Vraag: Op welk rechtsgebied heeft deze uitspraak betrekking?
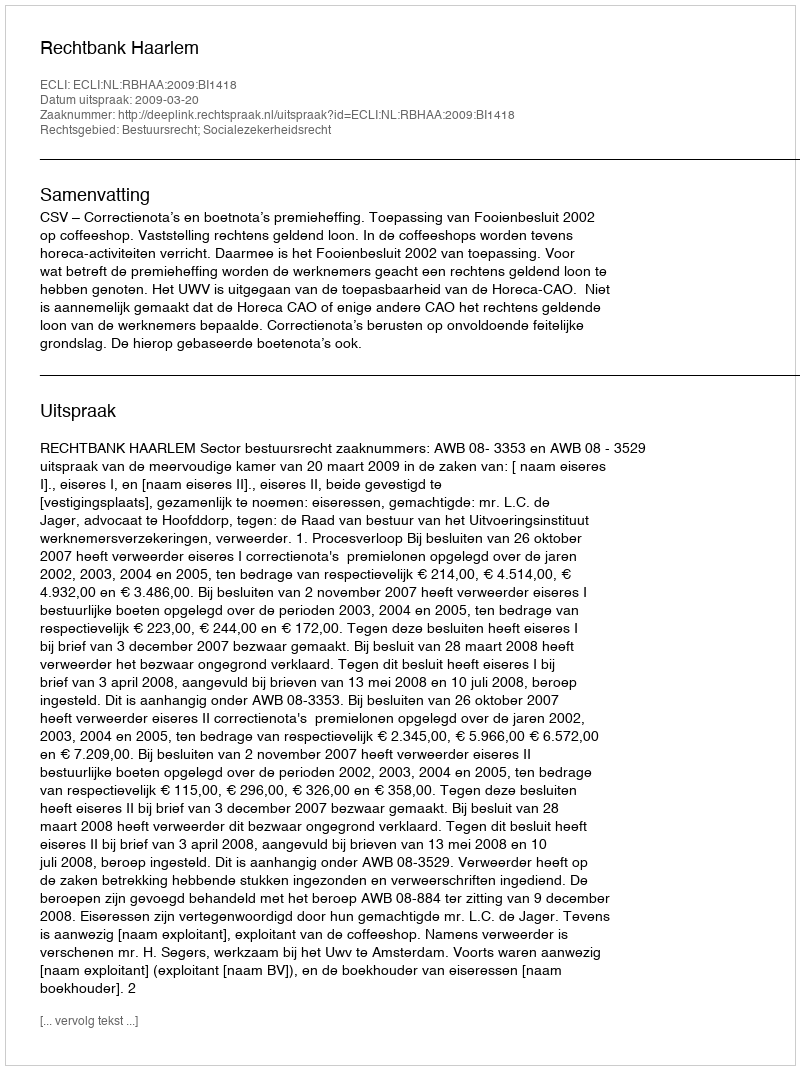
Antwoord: Bestuursrecht; Socialezekerheidsrecht